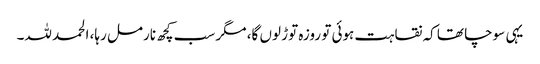
یہی سوچا تھا کہ نقاہت ہوئی تو روزہ توڑ لوں گا، مگر سب کچھ نارمل رہا، الحمد للہ۔